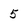
Character: 5